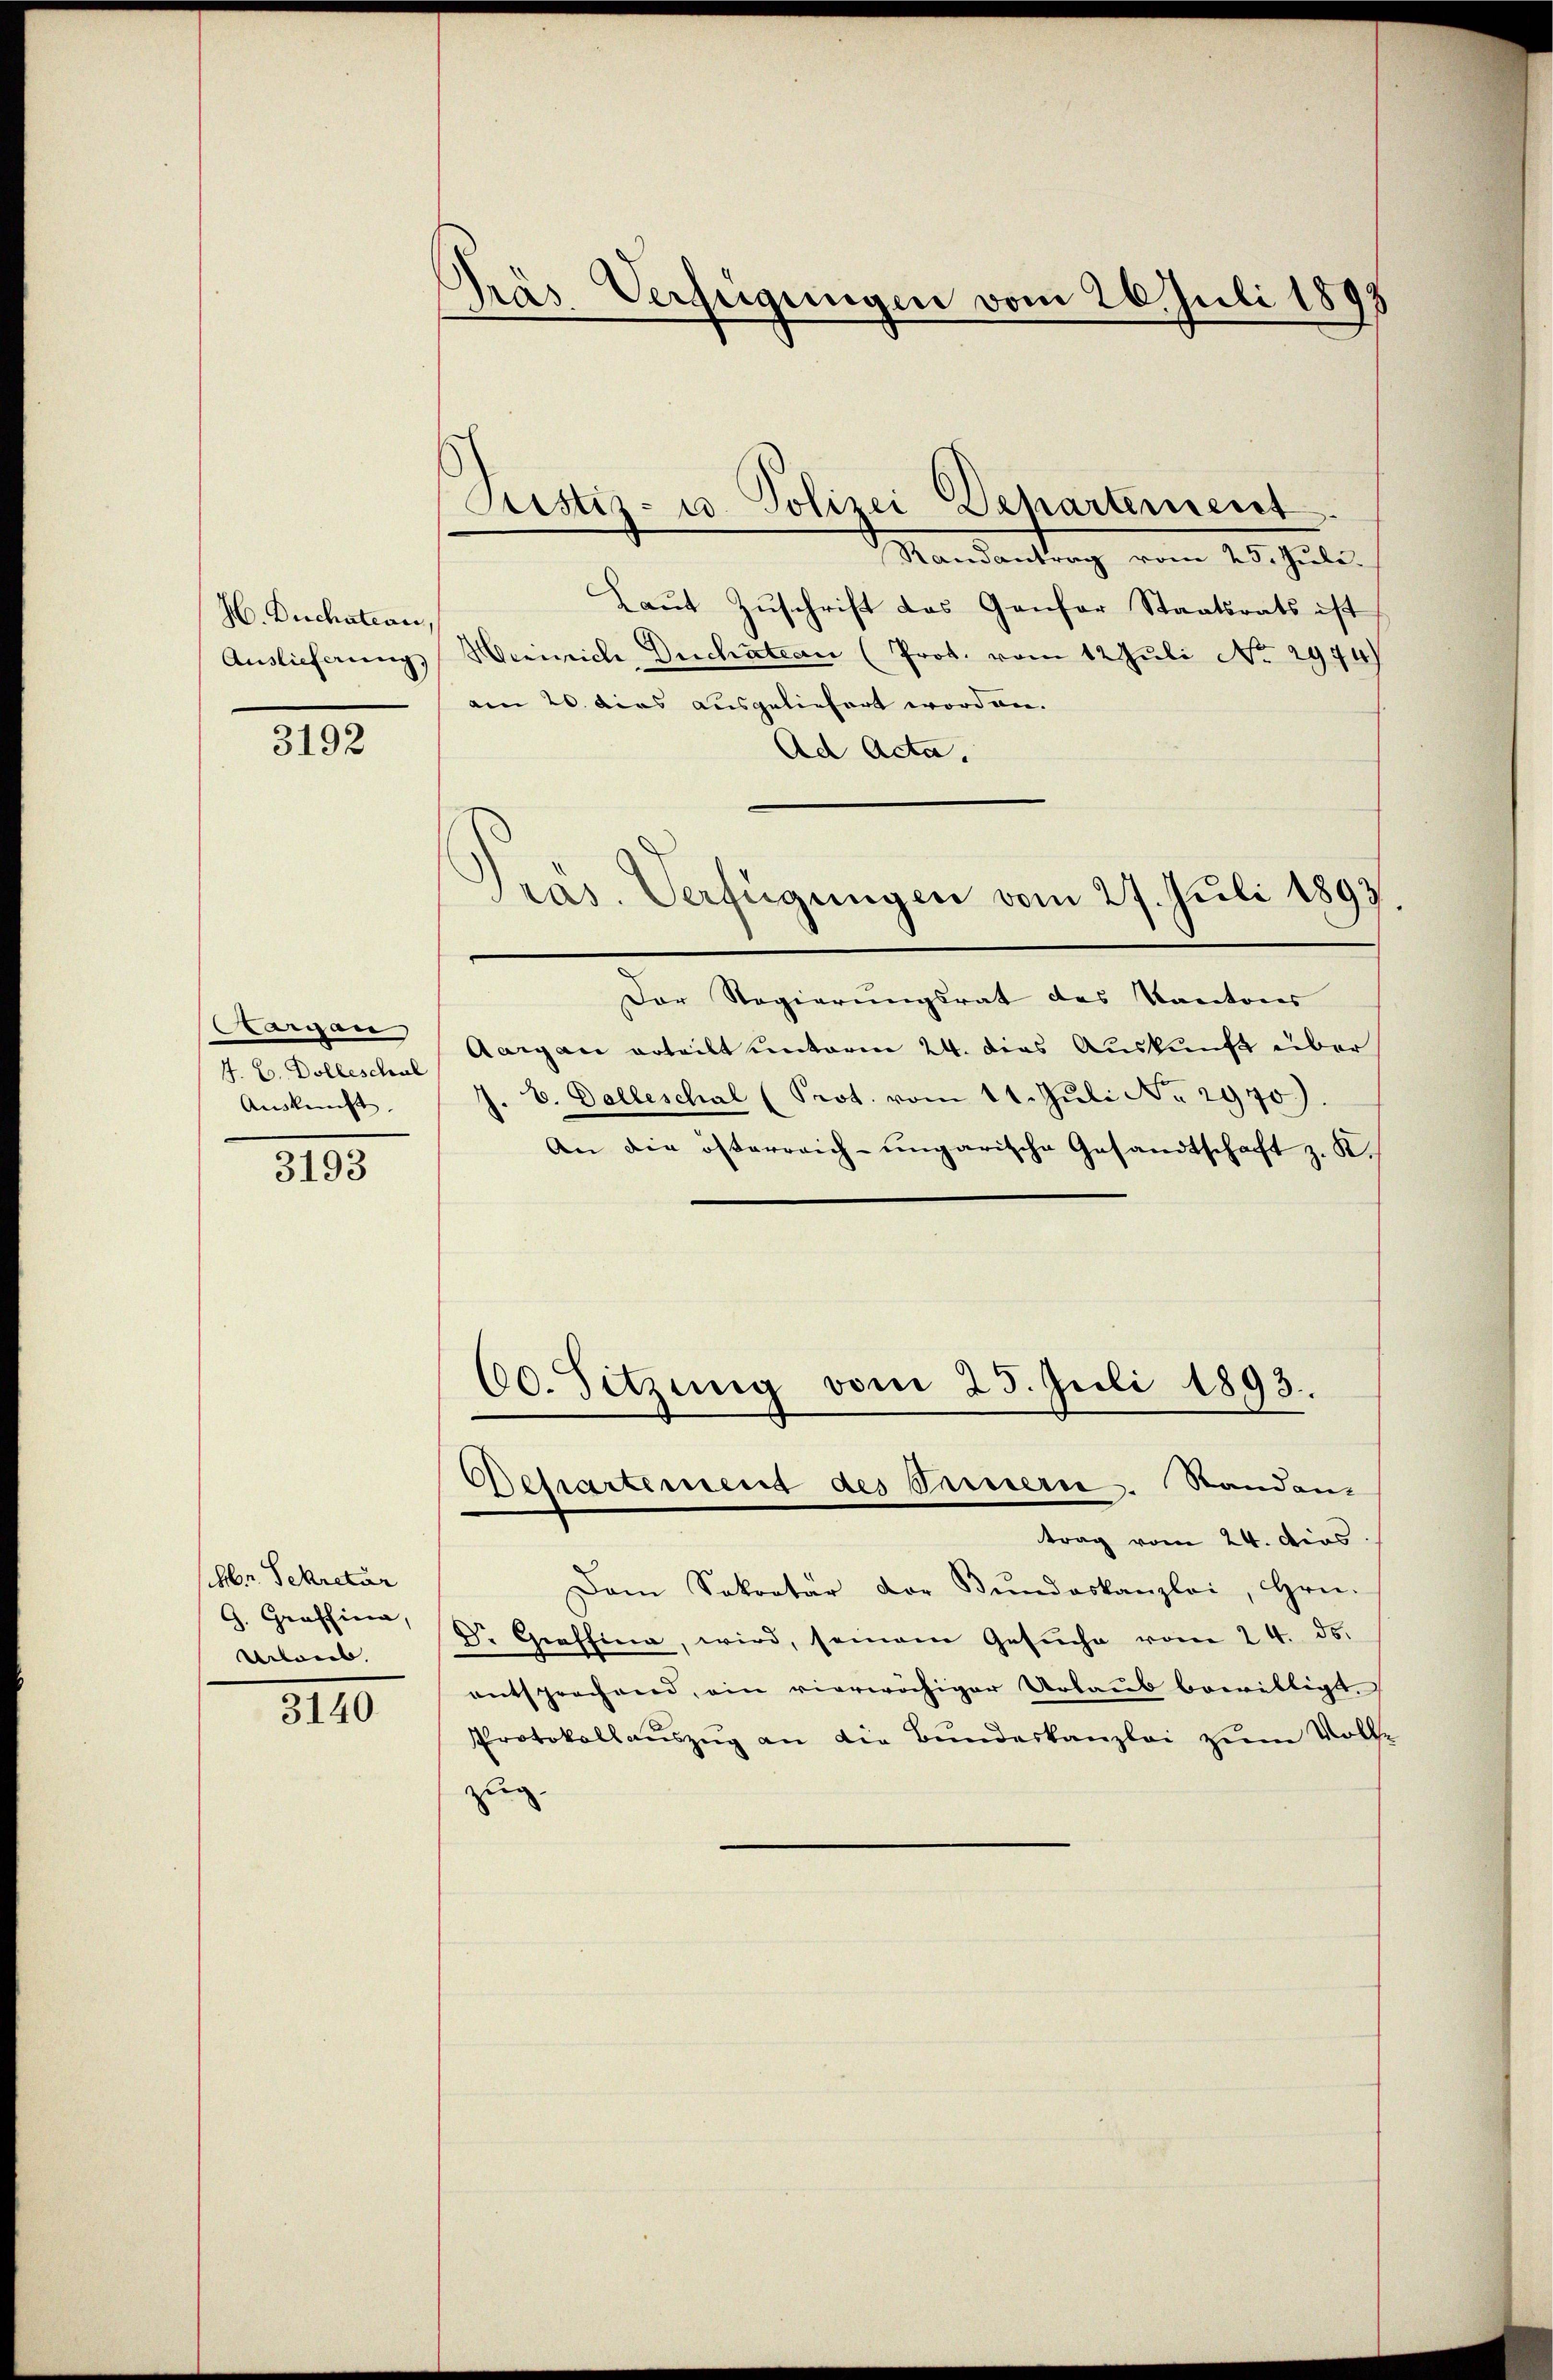
H. Duchateau,
Auslieferung,

3192

Sargau
4. B. Dolleschul
Auskunft.

3193

Hr. Sekretär
G. Graffina,
Uebries. |

3140.

Präs. Verfügungen vom 26. Juli 1893

Pristiz- u. Polizei Departement

Mandantrag vom 25. Juli.
Laut Zuschrift das Genfer Staatsrats ist
Heinrich, Duchatean (Prot. vom 12 Juli No 2974)
am 20. dies ausgeliefert worden.
Ad Acta.
Der Regierungsrat des Kantons
Aargau erteilt unterm 24. dies Auskunft über
J. V. Balleschal (Prot. vom 11. Juli No 2970.)
An die österreich-ungarische Gesandtschaft z. K.
60. Sitzung vom 25. Juli 1893.

ras. Verfügungen vom 27. Juli 1893.

Departement des Seinern. Standan-

trag vom 24. dies
Dam Sokrator der Bŭndeskanzlei, Hrn.
Dr. Graffina, wird, seinem Gesŭche vom 24. ds.
entsprechend, ein vierwächiger Urlaub bewilligt.
Protokollauszug an die Bundeskanzlei zum Vollzug.